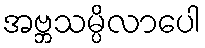
အဗ္ဘသမ္ပိလာပေါ